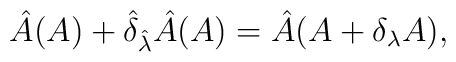
\hat{A} (A) + \hat{\delta}_{\hat{\lambda}} \hat{A} (A)= \hat{A} ( A + \delta_\lambda A ),